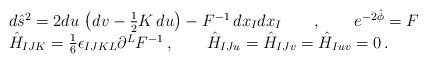
LaTeX: \begin{align*}\begin{array}{l}d{\hat{s}}^2 = 2 du\, \left( dv - \frac{1}{2} K \, du \right) - F^{-1} \, dx_I dx_I \qquad , \qquad e^{-2 \hat{\phi}} = F \\\hat{H}_{IJK} = \frac{1}{6} \epsilon_{IJKL} \partial^L F^{-1}\, ,\qquad \hat{H}_{IJu} = \hat{H}_{IJv} = \hat{H}_{Iuv} = 0\, .\end{array}\end{align*}